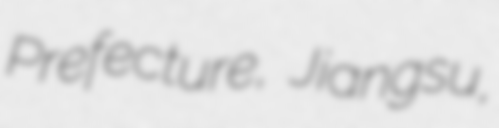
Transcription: Prefecture, Jiangsu,